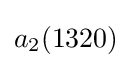
a_{2}(1320)